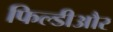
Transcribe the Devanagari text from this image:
फिल्डीऔर